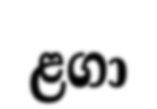
ළගා